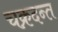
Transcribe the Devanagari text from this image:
चक्रदन्त